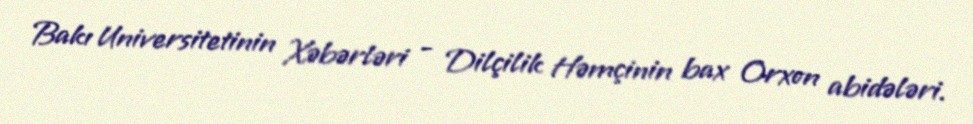
Bakı Universitetinin Xəbərləri - Dilçilik Həmçinin bax Orxon abidələri.